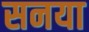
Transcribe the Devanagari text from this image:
सनया